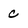
Character: c